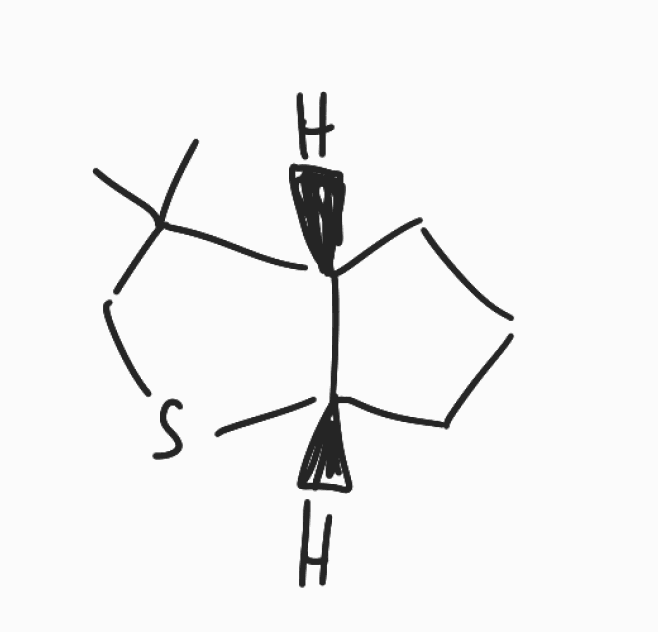
Simplified molecular-input line-entry system (SMILES) notation of the given molecule:
CC1(CS[C@@H]2[C@H]1CCC2)C